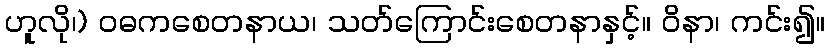
ဟူလို၊) ဝဓကစေတနာယ၊ သတ်ကြောင်းစေတနာနှင့်။ ဝိနာ၊ ကင်း၍။